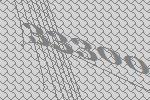
33300